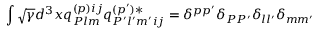
\int \sqrt { \gamma } d ^ { 3 } x q _ { { \cal P } l m } ^ { ( p ) i j } q _ { { \cal P } ^ { \prime } l ^ { \prime } m ^ { \prime } i j } ^ { ( p ^ { \prime } ) * } = \delta ^ { p p ^ { \prime } } \delta _ { { \cal P } { \cal P } ^ { \prime } } \delta _ { l l ^ { \prime } } \delta _ { m m ^ { \prime } }